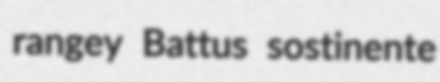
rangey Battus sostinente